Vaccination report Assam 1896-1927 - 1896-1927
Year: 1896
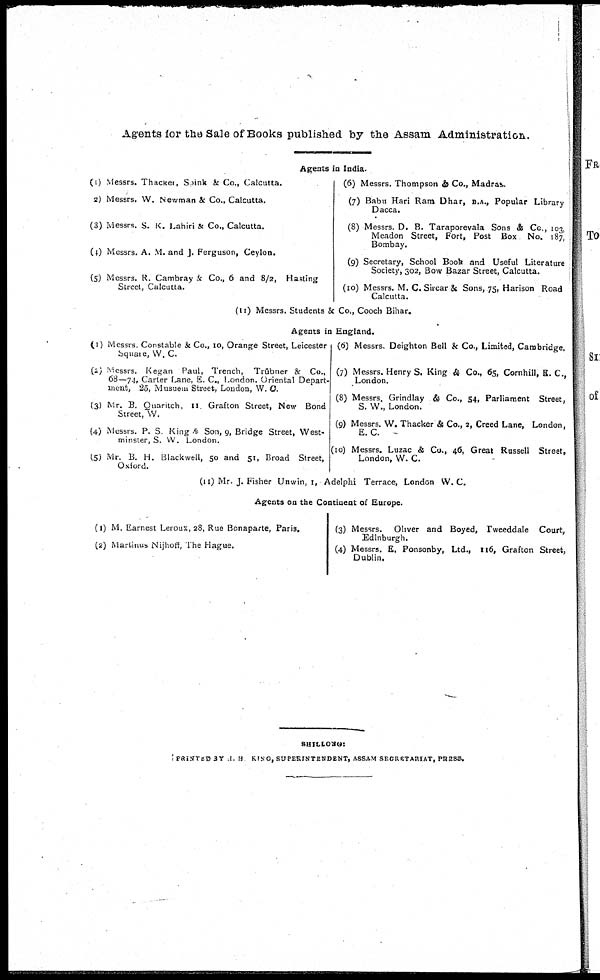
Agents for the Sale of Books published by the Assam Administration.
Agents in India.
(1) Messrs. Thacker, Srink & Co., Calcutta.
2) Messrs. W. Newman & Co., Calcutta.
(3) Messrs. S. K. Lahiri & Co., Calcutta.
(4) Messrs. A. M. and J. Ferguson, Ceylon.
(5) Messrs. R. Cambray & Co., 6 and 8/2, Hasting
Street, Calcutta.
(6) Messrs. Thompson & Co., Madras.
(7) Babu Hari Ram Dhar, B.A., Popular Library
Dacca.
(8) Messrs. D. B. Taraporevala Sons & Co., 103,
Meadon Street, Fort, Post Box No. 187,
Bombay.
(9) Secretary, School Book and Useful Literature
Society, 302, Bow Bazar Street, Calcutta.
(10) Messrs. M. C. Sircar & Sons, 75, Harison Road
Calcutta.
(11) Messrs. Students & Co., Cooch Bihar.
Agents in England.
(1) Messrs Constable & Co., 10, Orange Street, Leicester
Square, W. C.
(2) Messrs. Kegan Paul, Trench, Trübner & Co.,
68—74, Carter Lane, E. C., London. Oriental Depart-
ment, 25, Musuem Street, London, W. C.
(3) Mr. B. Quaritch, 11 Grafton Street, New Bond
Street, W.
(4) Messrs. P. S. King & Son, 9, Bridge Street, West-
minster, S. W. London.
(5) Mr. B. H. Blackwell, 50 and 51, Broad Street,
Oxford.
(6) Messrs. Deighton Bell & Co., Limited, Cambridge.
(7) Messrs. Henry S. King & Co., 65, Cornhill, E. C.,
London.
(8) Messrs. Grindlay & Co., 54, Parliament Street,
S. W., London.
(9) Messrs. W. Thacker & Co., 2, Creed Lane, London,
E. C.
(10) Messrs. Luzac & Co., 46, Great Russell Street,
London, W. C.
(11) Mr. J. Fisher Unwin, 1, Adelphi Terrace, London W. C.
Agents on the Continent of Europe.
(1) M. Earnest Leroux, 28, Rue Bonaparte, Paris.
(2) Martinus Nijhoff, The Hague.
(3) Messrs. Oliver and Boyed, Tweeddale Court,
Edinburgh.
(4) Messrs. E. Ponsonby, Ltd., 116, Grafton Street,
Dublin.
SHILLONG:
PRINTED BY H. H KING, SUPERINTENDENT, ASSAM SECRETARIAT, PRESS.